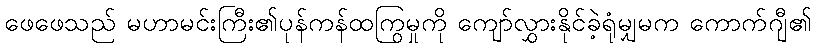
ဖေဖေသည် မဟာမင်းကြီး၏ပုန်ကန်ထကြွမှုကို ကျော်လွှားနိုင်ခဲ့ရုံမျှမက ကောက်ဂျီ၏